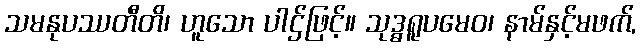
သမနုပဿတီတိ၊ ဟူသော ပါဌ်ဖြင့်။ သုဒ္ဓရူပမေဝ၊ နာမ်နှင့်မဖက်,